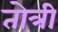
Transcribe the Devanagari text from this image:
तोत्री